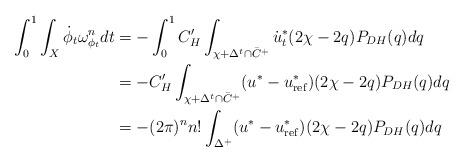
LaTeX: \begin{align*}\int_0^1 \int_X \dot{\phi}_t \omega_{\phi_t}^n dt & = - \int_0^1 C_H'\int_{\chi+\Delta^t\cap\bar{C}^+}\dot{u}_t^*(2\chi-2q)P_{DH}(q)dq \\& = -C_H' \int_{\chi+\Delta^t\cap\bar{C}^+} (u^*-u_{\mathrm{ref}}^*)(2\chi-2q)P_{DH}(q)dq\\& = - (2\pi)^n n! \int_{\Delta^+} (u^*-u_{\mathrm{ref}}^*)(2\chi-2q)P_{DH}(q)dq\end{align*}